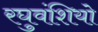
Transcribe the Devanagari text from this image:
रघुवंशियो